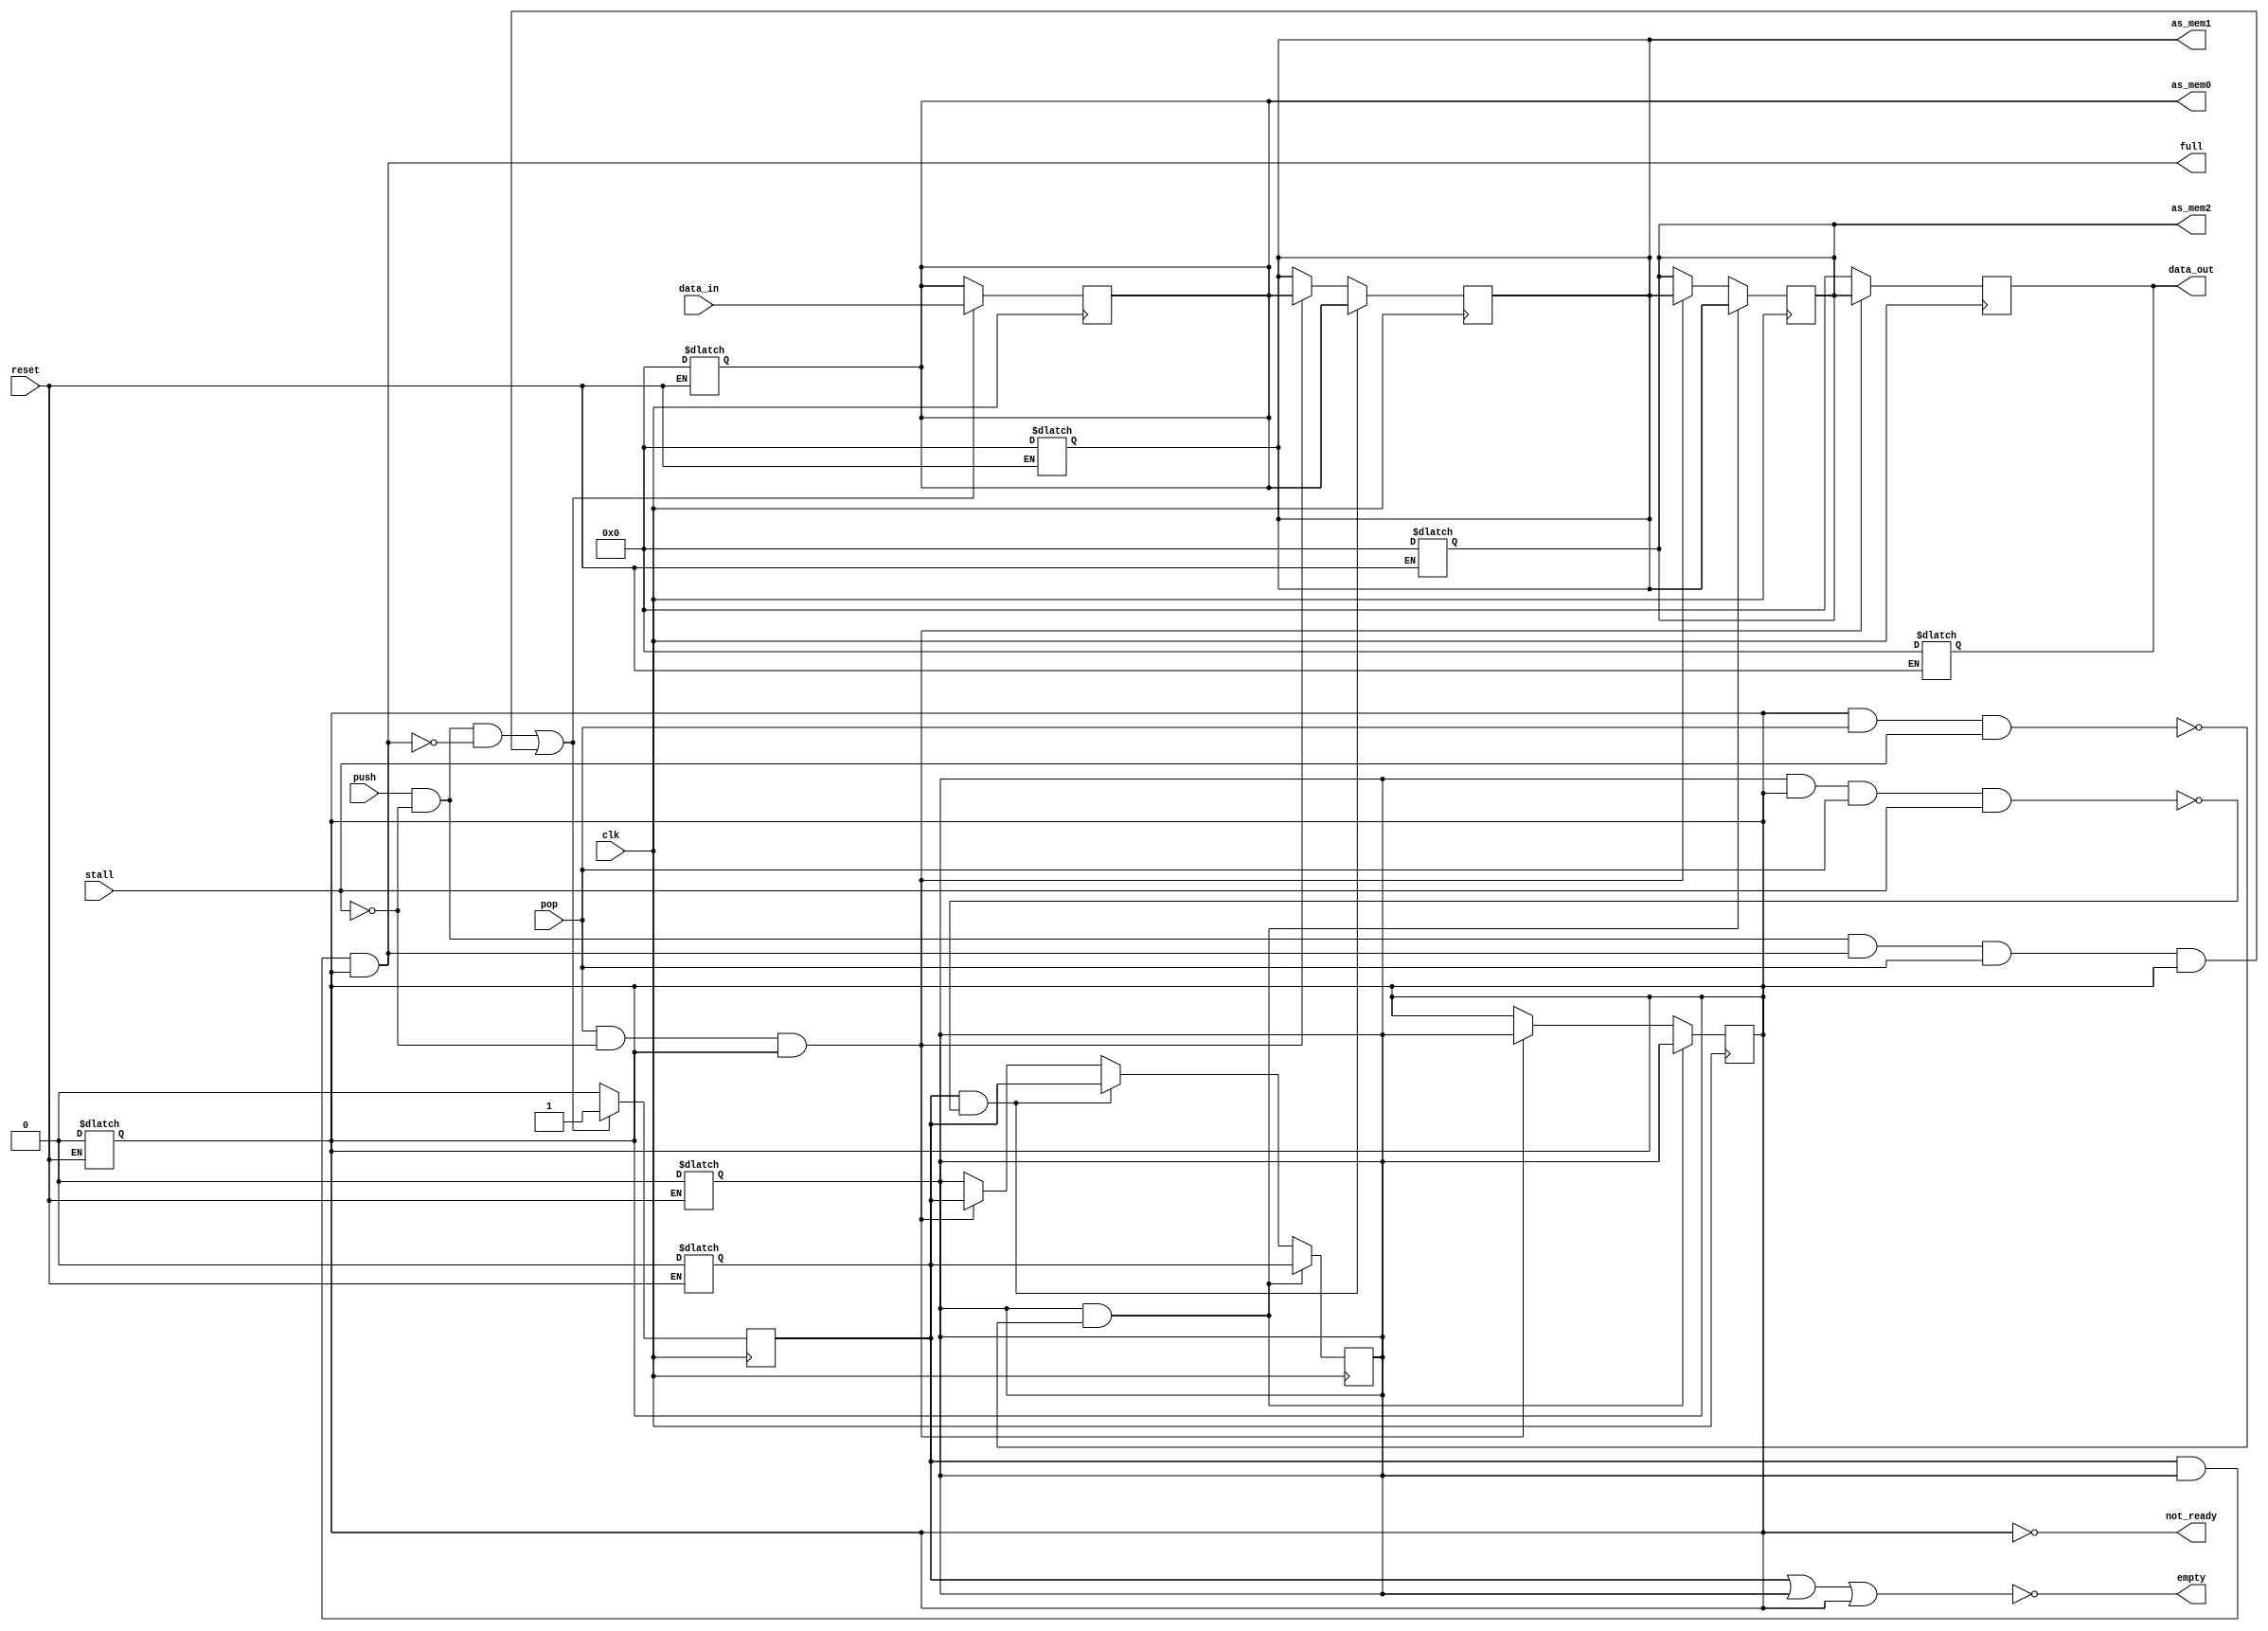
//arch_state
module ffa_fifo(data_in, pop, data_out, push, full, empty, not_ready, clk, reset, stall, as_mem0, as_mem1, as_mem2);
    parameter FW=16;
    parameter FH=3;
    
    input [FW-1:0] data_in;
    input pop, push, stall, clk, reset;
    output [FW-1:0] data_out, as_mem0, as_mem1, as_mem2;
    output full, empty, not_ready;
    
    reg [FW-1:0] data_out;
    reg [FW-1:0] as_mem[0:FH-1];
    wire full, empty, en1, en2;
    reg [FW-1:0]fifo_reg_0, fifo_reg_1, fifo_reg_2;
    reg v0, v1, v2;
    
    assign full=(v0 && v1 && v2);
    assign empty=!(v0 || v1 || v2);
    assign not_ready=!v2;
    
    assign en1=v0 && !(v1 && v2 && pop && stall);
    assign en2=v1 && !(v2 && pop && stall);
    
    assign as_mem0=fifo_reg_0;
    assign as_mem1=fifo_reg_1;
    assign as_mem2=fifo_reg_2;
    
    always@(reset) begin
        if(!reset) begin
           fifo_reg_0<=0;
            v0<=0;
            fifo_reg_1<=0;
            v1<=0;
            fifo_reg_2<=0;
            v2<=0;
            data_out<=0;
        end
    end
    always@(posedge clk)
    begin
       if((push && !stall && !full) || (push && !stall && full && pop && !not_ready)) begin
          fifo_reg_0<=data_in;
          v0<=1;
       end
       else v0<=0;
       if(pop && !stall && !not_ready) begin
          data_out<=fifo_reg_2;
          fifo_reg_2<=fifo_reg_1;
          fifo_reg_1<=fifo_reg_0;
          v1<=v0;
          v2<=v1;
       end
       else begin
          data_out<=0;
       end
       if(en1) begin
          fifo_reg_1<=fifo_reg_0;
          v1<=v0;
       end
       if(en2) begin
          fifo_reg_2<=fifo_reg_1;
          v1<=v0;
          v2<=v1;
       end
    end
endmodule

//tb_arch_state
module tb_ffa_fifo;
    parameter FW=16;
    parameter FH=3;
    parameter DN=8;
    
    reg [FW-1:0] data_in;
    reg pop, push, stall, clk, reset;
    wire [FW-1:0] data_out, as_mem0, as_mem1, as_mem2;
    wire full, empty;
    
    reg [FW-1:0] stim_mem[0:DN];
    reg [FW-1:0] arch_state_mem[0:(DN+1)*FH-1];
    reg [FW-1:0] arch_state[0:FH-1];
    integer i=0;
    
    ffa_fifo #(FW, FH)FIFO(data_in, pop, data_out, push, full, empty, not_ready, clk, reset, stall, as_mem0, as_mem1, as_mem2);
    
    initial begin
        reset=0;
        clk=0;
        $readmemb("stimulus_as.vec", stim_mem);
        $readmemb("expected.as", arch_state_mem);
        data_in=stim_mem[i];
        arch_state[i]=arch_state_mem[i];
        arch_state[i+1]=arch_state_mem[i+1];
        arch_state[i+2]=arch_state_mem[i+2];
        stall=0;
        push=1;
        pop=1;
        #4;
        reset=1;
    end
    
    always@(posedge clk) begin
       if(i<=DN) begin
          
          if(arch_state_mem[3*i]==as_mem0 && arch_state_mem[3*i+1]==as_mem1 && arch_state_mem[3*i+2]==as_mem2) begin
              $display("arch_state no. %2d \n %b   %b  \n %b   %b \n %b   %b \nPASSED!", i, as_mem0, arch_state_mem[3*i], as_mem1, arch_state_mem[3*i+1], as_mem2, arch_state_mem[3*i+2]);
          end
          else begin
              $display("arch_state no. %2d \n %b   %b  \n %b   %b \n %b   %b \nFAILED!", i, as_mem0, arch_state_mem[3*i], as_mem1, arch_state_mem[3*i+1], as_mem2, arch_state_mem[3*i+2]);
          end
          i=i+1;
          data_in=stim_mem[i];
          
          
      end
    end
    
    always #5 clk=~clk;
    
endmodule